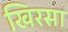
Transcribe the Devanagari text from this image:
खिरसा